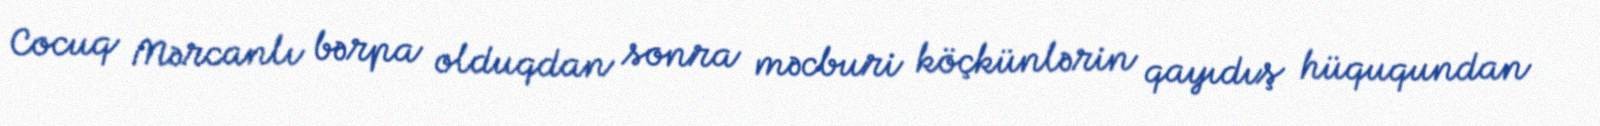
Cocuq Mərcanlı bərpa olduqdan sonra məcburi köçkünlərin qayıdış hüququndan